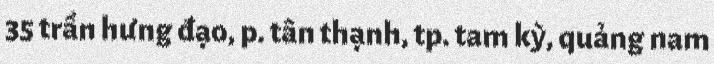
35 trần hưng đạo, p. tân thạnh, tp. tam kỳ, quảng nam